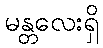
မန္တလေးရှိ